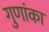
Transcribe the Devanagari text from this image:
गुणांका